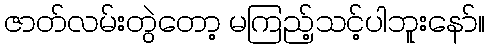
ဇာတ်လမ်းတွဲတော့ မကြည့်သင့်ပါဘူးနော်။